system: You are a helpful assistant.
user:
Analyze the provided spectrum to determine if it is a **S-type Star**.

- **Key Indicators for S-type Star:**

    - **(Overall Spectrum Shape):** The first and most obvious characteristic is the overall continuum (the "baseline" shape). It is **extremely "red-sloping,"** meaning the flux (light intensity) is very low on the left side (blue, ~4000-4500 Å) and rises steeply and continuously toward the right side (red, ~7000 Å+).

    - **(Primary):** The spectrum is defined by the presence of strong, broad molecular absorption "valleys" (bands) from **Zirconium Oxide (ZrO)**. The identification of these bands is the **primary requirement** for classifying a star as S-type.
        - **(Key Bandheads):** You must find distinct, deep "dips" where the light has been absorbed. The most critical band systems to locate are:
            - **~6474 Å** ($\gamma$-system): This is often the strongest and clearest ZrO feature, found in the red part of the spectrum.
            - **~5718 Å** & **~5551 Å** ($\beta$-system): A pair of prominent absorption features in the yellow-orange part of the spectrum.
            - **~4640 Å** ($\alpha$-system): A key absorption band system in the blue-green region of the spectrum.

    - **(Secondary Confirmation):** The classification is strengthened by finding additional absorption bands from other related heavy element oxides, which are expected to be present alongside ZrO.
        - **(Key Bandheads):**
            - **Yttrium Oxide (YO):** Look for absorption dips near **~4800 Å** and **~6100 Å**.
            - **Lanthanum Oxide (LaO):** Additional absorption features, particularly in the red-orange part of the spectrum, are also characteristic.

    - **(Line Profile):** The combination of the steep red continuum and these numerous, deep molecular bands (ZrO, YO, etc.) gives the entire spectrum a very **"chopped-up"** or **"bumpy"** appearance. Instead of a smooth curve, the spectrum looks as though large, wide chunks of light have been "carved out" of it at the specific wavelengths listed above.

Think first, call **spectral_visualization_tool** if needed to examine features in detail, then provide your final answer. Your response must adhere to the following strict rules:
1.  **Overall Structure:** Your response must follow the format `<think>...</think> <tool_call>...</tool_call> (if a tool is used) <answer>...</answer>`.
2.  **Tool Usage Constraint:** You may only make **one** tool call per turn.
3.  **Final Answer Format:** In the `<answer>` tag, your conclusion must be inside a `\boxed{}` command (e.g., `\boxed{YES}` or `\boxed{NO}`), followed by your justification.

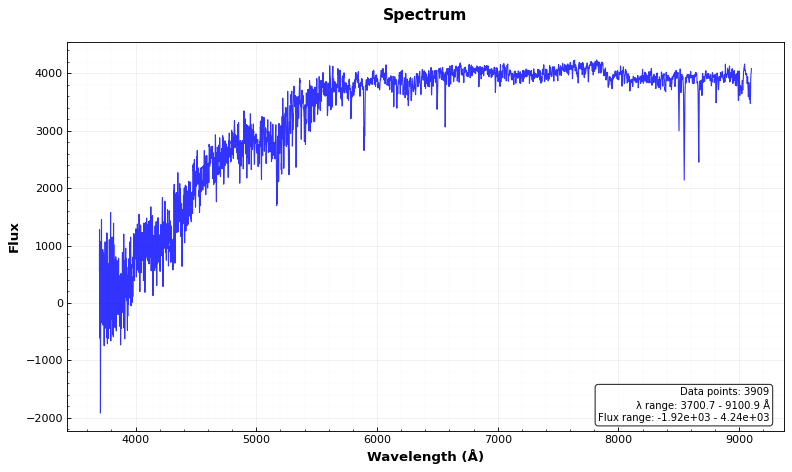
Answer: NO